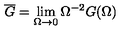
\overline { G } = \lim _ { \Omega \to 0 } \Omega ^ { - 2 } G ( \Omega )